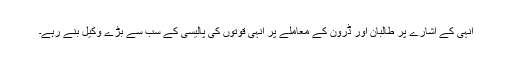
انہی کے اشارے پر طالبان اور ڈرون کے معاملے پر انہی قوتوں کی پالیسی کے سب سے بڑے وکیل بنے رہے۔